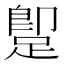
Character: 𨂢